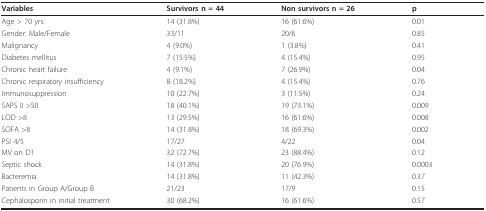
<table><thead><tr><td><b>Variables</b></td><td><b>Survivors n = 44</b></td><td><b>Non survivors n = 26</b></td><td><b>p</b></td></tr></thead><tbody><tr><td>Age &gt; 70 yrs.</td><td>14 (31.8%)</td><td>16 (61.6%)</td><td>0.01</td></tr><tr><td>Gender: Male/Female</td><td>33/11</td><td>20/6</td><td>0.85</td></tr><tr><td>Malignancy</td><td>4 (9.0%)</td><td>1 (3.8%)</td><td>0.41</td></tr><tr><td>Diabetes mellitus</td><td>7 (15.5%)</td><td>4 (15.4%)</td><td>0.95</td></tr><tr><td>Chronic heart failure</td><td>4 (9.1%)</td><td>7 (26.9%)</td><td>0.04</td></tr><tr><td>Chronic respiratory insufficiency</td><td>8 (18.2%)</td><td>4 (15.4%)</td><td>0.76</td></tr><tr><td>Immunosuppression</td><td>10 (22.7%)</td><td>3 (11.5%)</td><td>0.24</td></tr><tr><td>SAPS II &gt;50</td><td>18 (40.1%)</td><td>19 (73.1%)</td><td>0.009</td></tr><tr><td>LOD &gt;8</td><td>13 (29.5%)</td><td>16 (61.6%)</td><td>0.008</td></tr><tr><td>SOFA &gt;8</td><td>14 (31.8%)</td><td>18 (69.3%)</td><td>0.002</td></tr><tr><td>PSI 4/5</td><td>17/27</td><td>4/22</td><td>0.04</td></tr><tr><td>MV on D1</td><td>32 (72.7%)</td><td>23 (88.4%)</td><td>0.12</td></tr><tr><td>Septic shock</td><td>14 (31.8%)</td><td>20 (76.9%)</td><td>0.0003</td></tr><tr><td>Bacteremia</td><td>14 (31.8%)</td><td>11 (42.3%)</td><td>0.37</td></tr><tr><td>Patients in Group A/Group B</td><td>21/23</td><td>17/9</td><td>0.15</td></tr><tr><td>Cephalosporin in initial treatment</td><td>30 (68.2%)</td><td>16 (61.6%)</td><td>0.57</td></tr></tbody></table>